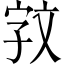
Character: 𫿰